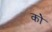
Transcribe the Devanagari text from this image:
कोे